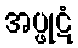
အပ္ဖုဋံ